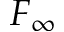
F _ { \infty }